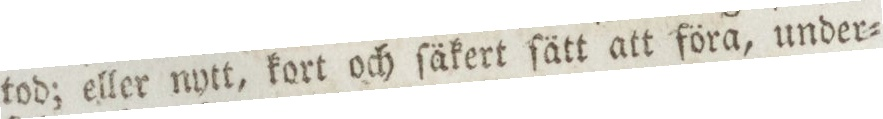
tod; eller nytt, kort och ſäkert ſätt att föra, under-